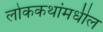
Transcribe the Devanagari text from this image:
लोककथांमधील